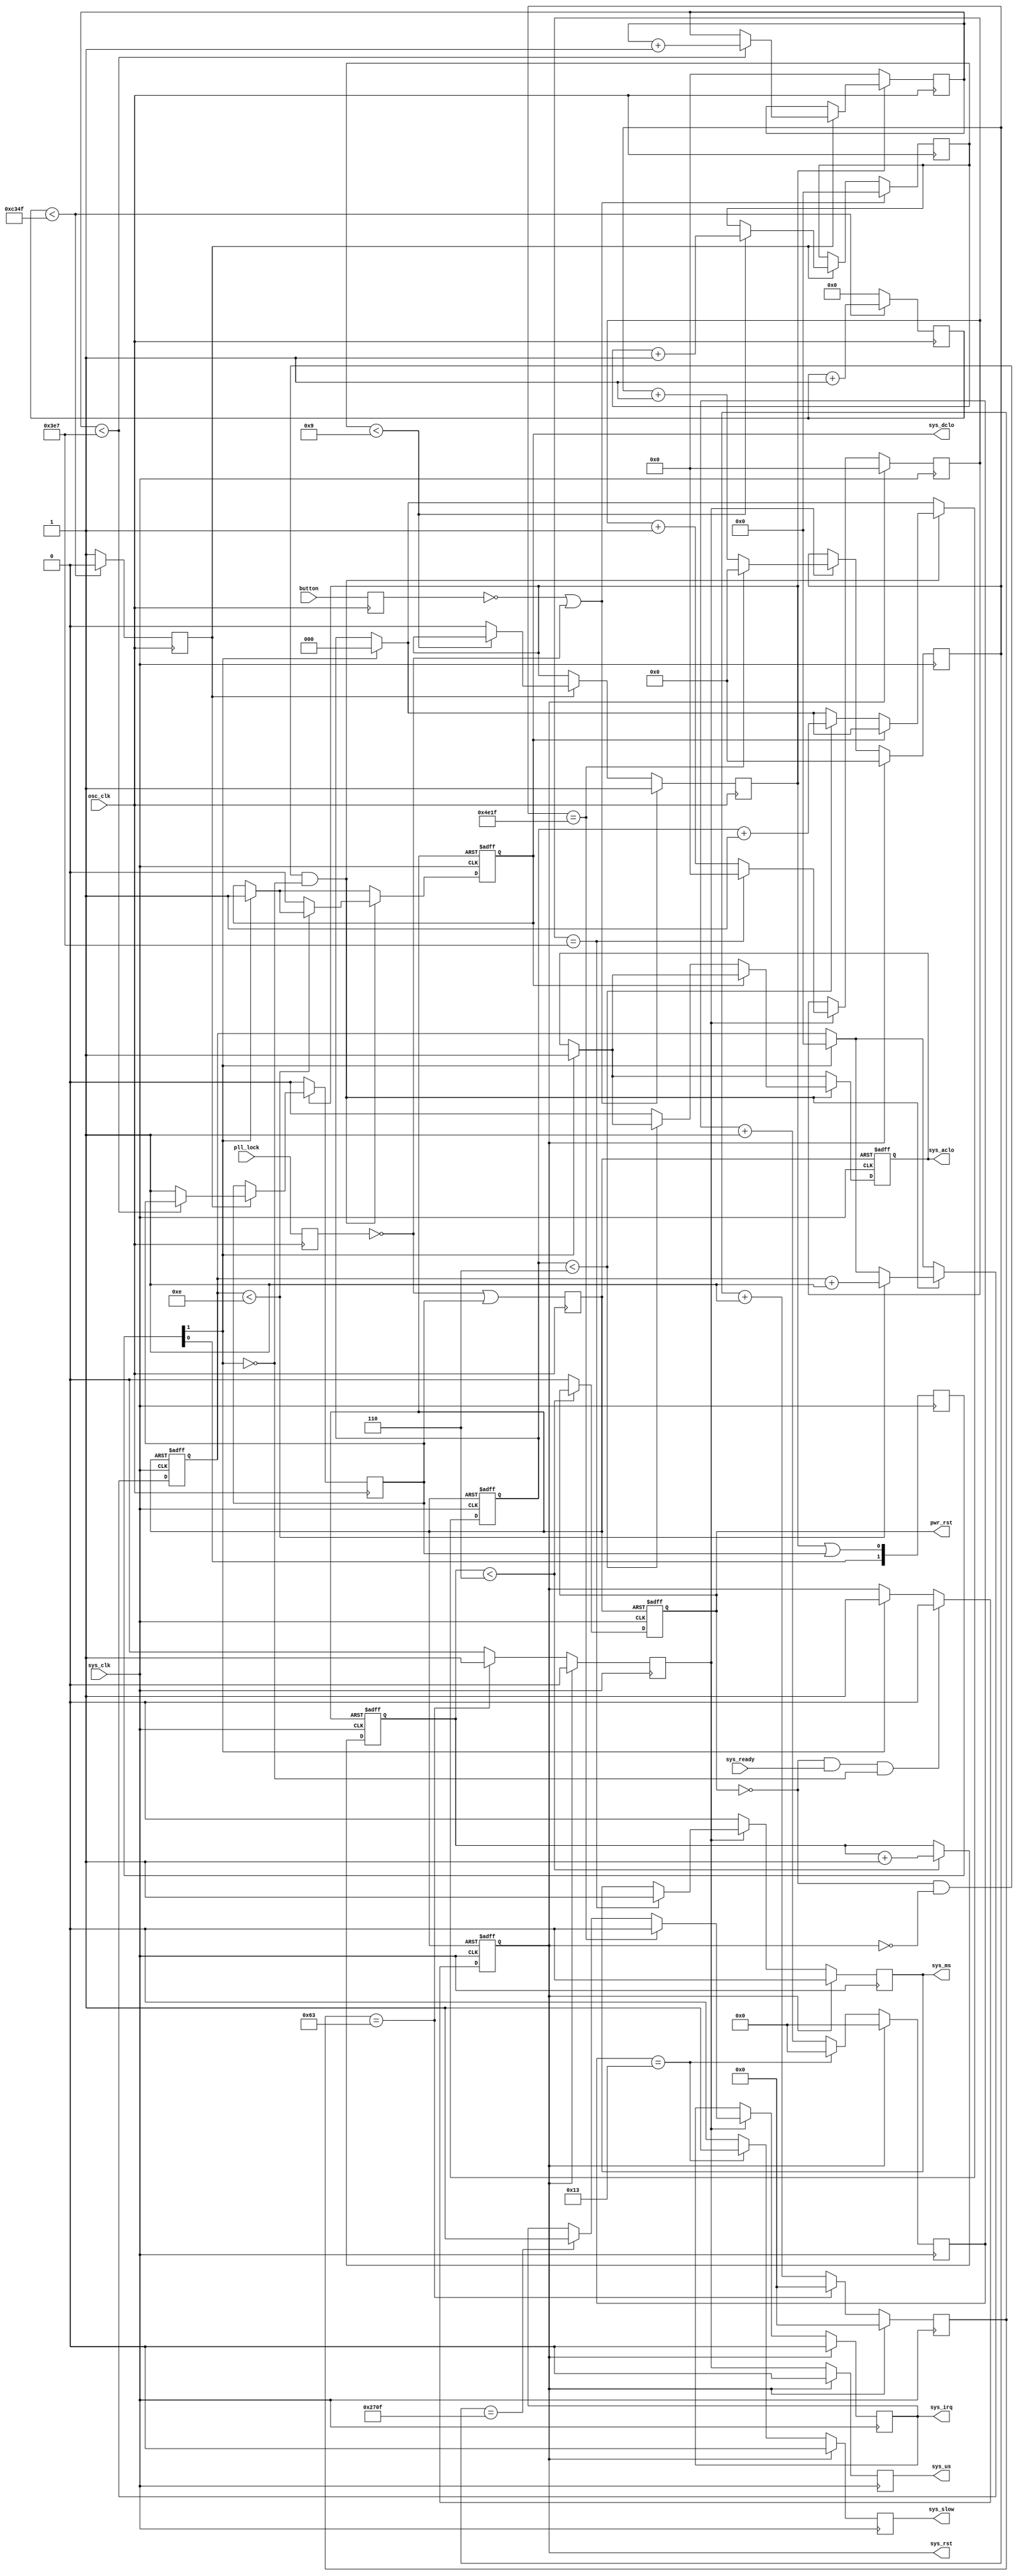
//
// Copyright (c) 2014-2019 by 1801BM1@gmail.com
//
// System clock and reset controller
//
// - External button support
// - Power and Warm reset support
// - Long button click causes Power Reset event
// - Short button click causes Warm Reset event
// - PLL lock failure causes Power Reset event
// - DCLO and ACLO generating for DEC processors
// - 1 us and 1 ms strobes generating
//______________________________________________________________________________
//
module wbc_rst #(parameter

   OSCCLK=50000000,           // oscillator clock frequency in Hz
   REFCLK=100000000,          // system clock frequency in Hz
   PWR_WIDTH=7,               // minimal Power Reset width in system ticks
   DCLO_WIDTH=15,             // minimal DCLO width in system ticks
   ACLO_DELAY=7,              // ACLO after DCLO delay in system ticks
   LONGKEY=1000,              // button long press, in milliseconds
   DEBOUNCE=10,               // button debounce interval in milliseconds
   SYSTICK=20000,             // system timer interrupt ticks in us
   SLOW_DIV=20                // slow mode divisor
)
(
   input       osc_clk,       // oscillator clock
   input       sys_clk,       // system clock
   input       pll_lock,      // PLL lock status
   input       button,        // external reset button
   input       sys_ready,     // external system ready
                              //
   output reg  pwr_rst,       // power reset event
   output reg  sys_rst,       // system reset event
   output reg  sys_dclo,      // DCLO output
   output reg  sys_aclo,      // ACLO output
   output reg  sys_us,        // 1 microsecond clock enable strobe
   output reg  sys_ms,        // 1 millisecond clock enable strobe
   output reg  sys_slow,      // slow clock enable strobe
   output reg  sys_irq        // system timer interrupt
);
localparam US_COUNTER_WIDTH = log2(REFCLK/1000000);
localparam MS_COUNTER_WIDTH = log2(1000);
localparam ST_COUNTER_WIDTH = log2(SYSTICK);
localparam DB_COUNTER_WIDTH = log2(DEBOUNCE);
localparam KL_COUNTER_WIDTH = log2(LONGKEY);
localparam OS_COUNTER_WIDTH = log2(OSCCLK/1000);
localparam SL_COUNTER_WIDTH = log2(SLOW_DIV);

localparam PW_COUNTER_WIDTH = log2(PWR_WIDTH);
localparam DC_COUNTER_WIDTH = log2(DCLO_WIDTH);
localparam AC_COUNTER_WIDTH = log2(ACLO_DELAY);

reg   [DB_COUNTER_WIDTH-1:0] count_db;
reg   [KL_COUNTER_WIDTH-1:0] count_kl;
reg   [OS_COUNTER_WIDTH-1:0] count_os;

reg   [SL_COUNTER_WIDTH-1:0] count_sl;
reg   [US_COUNTER_WIDTH-1:0] count_us;
reg   [MS_COUNTER_WIDTH-1:0] count_ms;
reg   [ST_COUNTER_WIDTH-1:0] count_st;
reg   [PW_COUNTER_WIDTH-1:0] count_pw;
reg   [DC_COUNTER_WIDTH-1:0] count_dc;
reg   [AC_COUNTER_WIDTH-1:0] count_ac;

reg   ena_us;
reg   osc_ms;
reg   pll_reg;
reg   but_reg;
reg   key_down;
reg   key_long;

reg   [1:0] key_syn;
reg   pwr_event;
wire  key_event;

//______________________________________________________________________________
//
// Oscillator clock domain - button and PLL failure detectors
//
always @(posedge osc_clk)
begin
   if (count_os < ((OSCCLK/1000)-1))
   begin
      count_os <= count_os + 1'b1;
      osc_ms <= 1'b0;
   end
   else
   begin
      count_os <= 0;
      osc_ms <= 1'b1;
   end
end
//
// External button debouncer
//
always @(posedge osc_clk)
begin
   if (~but_reg | ~pll_reg)
   begin
      count_db <= 0;
      key_down <= 1'b1;
   end
   else
      if (osc_ms)
      begin
         if (count_db < (DEBOUNCE-1))
            count_db <= count_db + 1'b1;
         else
            key_down <= 1'b0;
      end
   pll_reg <= pll_lock;
   but_reg <= button;
   pwr_event <= ~pll_reg | key_long;
end
//
// External button long press detector
//
always @(posedge osc_clk)
begin
   if (~key_down)
   begin
      count_kl <= 0;
      key_long <= 1'b0;
   end
   else
      if (osc_ms)
      begin
         if (count_kl < (LONGKEY-1))
            count_kl <= count_kl + 1'b1;
         else
            key_long <= 1'b1;
      end
end
//______________________________________________________________________________
//
// System clock domain metastability synchronizers
//
always @(posedge sys_clk)
begin
   key_syn[0] <= key_down | key_long;
   key_syn[1] <= key_syn[0];
end
assign key_event = key_syn[1];

always @(posedge sys_clk or posedge pwr_event)
begin
   if (pwr_event)
   begin
      count_pw <= 0;
      count_dc <= 0;
      count_ac <= 0;

      pwr_rst  <= 1'b1;
      sys_rst  <= 1'b1;
      sys_dclo <= 1'b1;
      sys_aclo <= 1'b1;
   end
   else
   begin
      //
      // Power Reset deassertion delay after Power Event
      //
      if (count_pw < (PWR_WIDTH-1))
         count_pw <= count_pw + 1'b1;
      else
         pwr_rst <= 1'b0;
      //
      // Assert System Reset if button is pressed
      //
      if (key_event)
      begin
         count_dc <= 0;
         count_ac <= 0;
         sys_rst  <= 1'b1;
         sys_dclo <= 1'b1;
         sys_aclo <= 1'b1;
      end
      //
      // System Reset waits for System Ready
      // Some system components may require time to complete
      // its internal initialization, for example, memory
      // controller may initialize the SDRAM chips.
      //
      if (~pwr_rst & sys_ready & ~key_event)
         sys_rst <= 1'b0;
      //
      // DCLO and ACLO synchronous deassertions
      //
      if (~pwr_rst & ~sys_rst & ~key_event)
      begin
         //
         // Count the DCLO pulse
         //
         if (count_dc < (DCLO_WIDTH-1))
            count_dc <= count_dc + 1'b1;
         else
            sys_dclo <= 1'b0;
         //
         // After DCLO deassertion start ACLO counter
         //
         if (~sys_dclo)
            if (count_ac < (ACLO_DELAY-1))
               count_ac <= count_ac + 1'b1;
            else
               sys_aclo <= 1'b0;
      end
   end
end
//______________________________________________________________________________
//
// Timer IRQ, and us/ms system clock enable strobes
//
always @(posedge sys_clk)
begin
   if (sys_rst)
   begin
      ena_us   <= 1'b0;
      sys_us   <= 1'b0;
      sys_ms   <= 1'b0;
      sys_irq  <= 1'b0;
      sys_slow <= 1'b0;

      count_sl <= 0;
      count_us <= 0;
      count_ms <= 0;
      count_st <= 0;
      end
   else
   begin
      if (count_sl == (SLOW_DIV-1))
      begin
         sys_slow <= 1'b1;
         count_sl <= 0;
      end
      else
      begin
         sys_slow <= 1'b0;
         count_sl <= count_sl + 1'b1;
      end
      //
      // One microsecond interval counter
      //
      if (count_us == ((REFCLK/1000000)-1))
      begin
         ena_us <= 1'b1;
         count_us <= 0;
      end
      else
      begin
         ena_us <= 1'b0;
         count_us <= count_us + 1'b1;
      end
      sys_us <= ena_us;
      //
      // One millisecond interval counter
      //
      if (ena_us)
      begin
         if (count_ms == (1000-1))
         begin
            sys_ms <= 1'b1;
            count_ms <= 0;
         end
         else
            count_ms <= count_ms + 1'b1;
         //
         // System Timer interrupt
         //
         if (count_st == (SYSTICK-1))
         begin
            sys_irq <= 1'b0;
            count_st <= 0;
         end
         else
         begin
            count_st <= count_st + 1'b1;
            if (count_st == (SYSTICK/2-1))
                  sys_irq <= 1'b1;
         end
      end
      else
         sys_ms <= 1'b0;
   end
end

function integer log2(input integer value);
   begin
      for (log2=0; value>0; log2=log2+1)
         value = value >> 1;
   end
endfunction
endmodule

//______________________________________________________________________________
//
module wbc_button #(parameter

   DEBOUNCE=10             // button debounce interval in milliseconds
)
(
   input       clk,        // system clock
   input       rst,        // system reset
   input       but_n,      // button input
   input       ena_ms,     // millisecond strobe
   output reg  out,        // debounced output
   output reg  out_rise,   // press event
   output reg  out_fall    // depress event
);
localparam DB_COUNTER_WIDTH = log2(DEBOUNCE);

reg [DB_COUNTER_WIDTH-1:0] cnt;
reg [1:0] val;

always @(posedge clk)
begin
   if (rst)
   begin
      cnt <= 0;
      val[1:0] <= {~but_n, ~but_n};
      out <= but_n;
      out_rise <= 1'b0;
      out_fall <= 1'b0;
   end
   else
   begin
      if (val[0] ^ val[1])
      begin
         cnt <= 0;
         out_rise <= 1'b0;
         out_fall <= 1'b0;
      end
      else
         if (cnt >= (DEBOUNCE-1))
         begin
            out_rise <= ~out & val[1];
            out_fall <= out & ~val[1];
            out <= val[1];
         end
         else
         begin
            if (ena_ms)
               cnt <= cnt + 1'b1;
         end
      val[0] <= ~but_n;
      val[1] <= val[0];
   end
end

function integer log2(input integer value);
   begin
      for (log2=0; value>0; log2=log2+1)
         value = value >> 1;
   end
endfunction
endmodule

//______________________________________________________________________________
//
module wbc_toggle #(parameter

   DEBOUNCE=10             // button debounce interval in milliseconds
)
(
   input       clk,        // system clock
   input       rst,        // system reset
   input       but_n,      // button input
   input       ena_ms,     // millisecond strobe
   output reg  out         // debounced output
);
wire rise, fall, bout;

defparam button.DEBOUNCE = DEBOUNCE;
wbc_button button(
   .clk(clk),
   .rst(rst),
   .but_n(but_n),
   .ena_ms(ena_ms),
   .out(bout),
   .out_rise(rise),
   .out_fall(fall)
);

always @(posedge clk)
begin
   if (rst)
      out <= 1'b0;
   else
      if (rise)
         out <= ~out;
end
endmodule